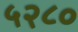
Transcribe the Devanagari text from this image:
५२८०